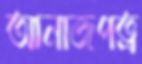
আনাজপত্র